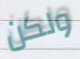
ولكن